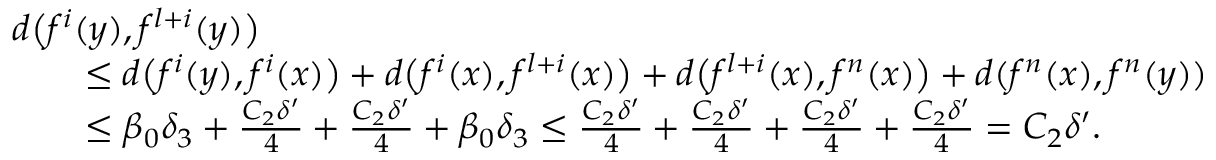
\begin{array} { r l } & { d \bigl ( f ^ { i } ( y ) , f ^ { l + i } ( y ) \bigr ) } \\ & { \qquad \leq d \bigl ( f ^ { i } ( y ) , f ^ { i } ( x ) \bigr ) + d \bigl ( f ^ { i } ( x ) , f ^ { l + i } ( x ) \bigr ) + d \bigl ( f ^ { l + i } ( x ) , f ^ { n } ( x ) \bigr ) + d ( f ^ { n } ( x ) , f ^ { n } ( y ) ) } \\ & { \qquad \leq \beta _ { 0 } \delta _ { 3 } + \frac { C _ { 2 } \delta ^ { \prime } } { 4 } + \frac { C _ { 2 } \delta ^ { \prime } } { 4 } + \beta _ { 0 } \delta _ { 3 } \leq \frac { C _ { 2 } \delta ^ { \prime } } { 4 } + \frac { C _ { 2 } \delta ^ { \prime } } { 4 } + \frac { C _ { 2 } \delta ^ { \prime } } { 4 } + \frac { C _ { 2 } \delta ^ { \prime } } { 4 } = C _ { 2 } \delta ^ { \prime } . } \end{array}